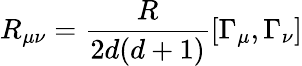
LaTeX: R_{\mu\nu}=\frac{R}{2d(d+1)}[\Gamma_{\mu},\Gamma_{\nu}]